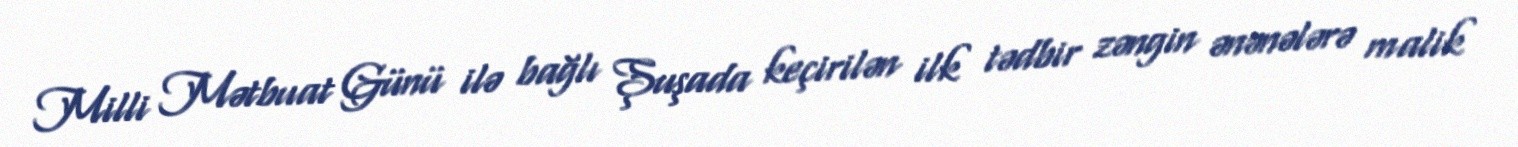
Milli Mətbuat Günü ilə bağlı Şuşada keçirilən ilk tədbir zəngin ənənələrə malik